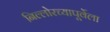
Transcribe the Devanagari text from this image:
निल्लोरच्यापूर्वेला